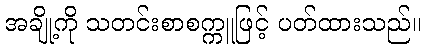
အချို့ကို သတင်းစာစက္ကူဖြင့် ပတ်ထားသည်။